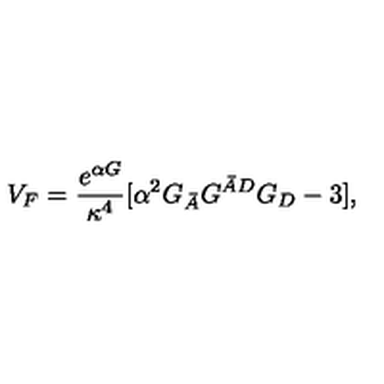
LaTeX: V _ { F } = \frac { e ^ { \alpha G } } { \kappa ^ { 4 } } \lbrack \alpha ^ { 2 } G _ { \bar { A } } G ^ { \bar { A } D } G _ { D } - 3 \rbrack ,